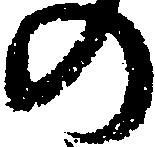
の